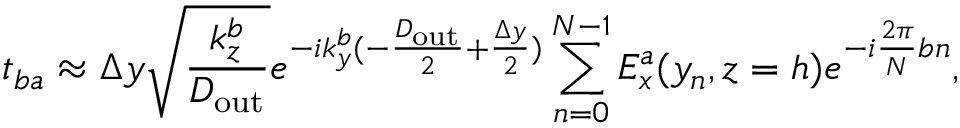
t _ { b a } \approx \Delta y \sqrt { \frac { k _ { z } ^ { b } } { D _ { \mathrm { o u t } } } } e ^ { - i k _ { y } ^ { b } ( - \frac { D _ { \mathrm { o u t } } } { 2 } + \frac { \Delta y } { 2 } ) } \sum _ { n = 0 } ^ { N - 1 } E _ { x } ^ { a } ( y _ { n } , z = h ) e ^ { - i \frac { 2 \pi } { N } b n } ,